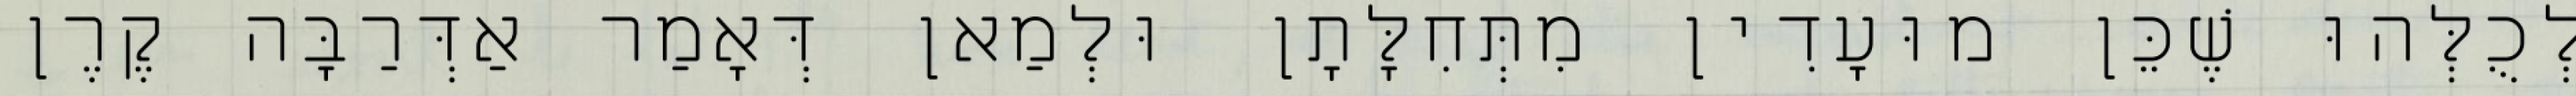
לְכֻלְּהוּ שֶׁכֵּן מוּעָדִין מִתְּחִלָּתָן וּלְמַאן דְּאָמַר אַדְּרַבָּה קֶרֶן